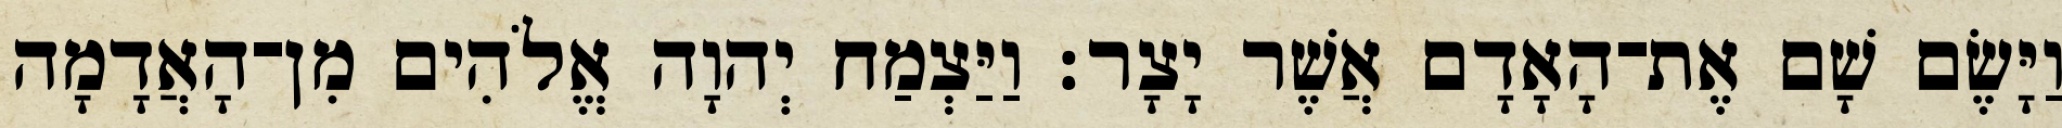
וַיָּשֶׂם שָׁם אֶת־הָאָדָם אֲשֶׁר יָצָר׃ וַיַּצְמַח יְהוָה אֱלֹהִים מִן־הָאֲדָמָה